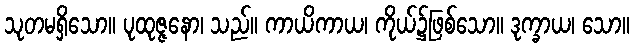
သုတမရှိသော။ ပုထုဇ္ဇနော၊ သည်။ ကာယိကာယ၊ ကိုယ်၌ဖြစ်သော။ ဒုက္ခာယ၊ သော။